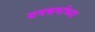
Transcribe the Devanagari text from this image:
यमधर्माच्या